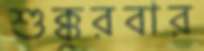
শুক্কুরবার